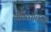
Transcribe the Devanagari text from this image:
तुर्कस्तानाशी